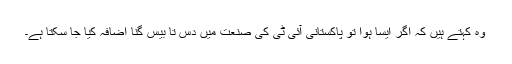
وہ کہتے ہیں کہ اگر ایسا ہوا تو پاکستانی آئی ٹی کی صنعت میں دس تا بیس گنا اضافہ کیا جا سکتا ہے۔